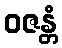
ဝဇန္တံ